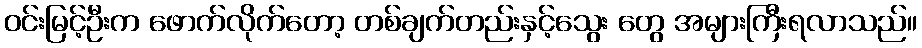
ဝင်းမြင့်ဦးက ဖောက်လိုက်တော့ တစ်ချက်တည်းနှင့်သွေး တွေ အများကြီးရလာသည်။